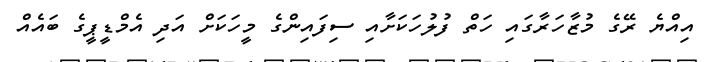
އިއްޔެ ރޭގެ މުޒާހަރާގައި ހަތް ފުލުހަކަށާއި ސިފައިންގެ މީހަކަށް އަދި އެމްޑީޕީގެ ބައެއް